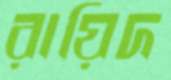
রায়িদ